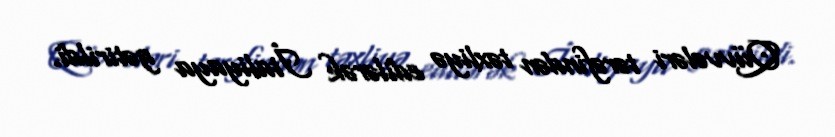
Qüvvələri tərəfindən təxliyə edilərək İtaliyaya gətirildi.